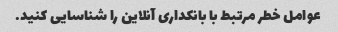
عوامل خطر مرتبط با بانکداری آنلاین را شناسایی کنید.